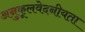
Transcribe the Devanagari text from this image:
अनुकूलवेदनीयता